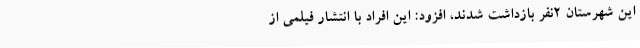
این شهرستان 2نفر بازداشت شدند، افزود: این افراد با انتشار فیلمی از